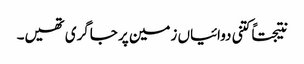
نتیجتاً کتنی دوائیاں زمین پر جاگری تھیں۔